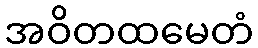
အဝိတထမေတံ